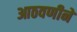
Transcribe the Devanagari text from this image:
आठवणीने